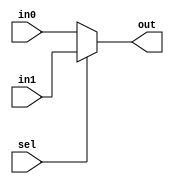
module mux2to1(out, in0, in1, sel);

   output [31:0] out;
   reg [31:0]    out;
   input [31:0]  in0, in1;
   input         sel;
   
   always @(in0, in1, sel)
     out = sel ? in1: in0;
endmodule